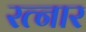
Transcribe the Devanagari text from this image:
रत्नार